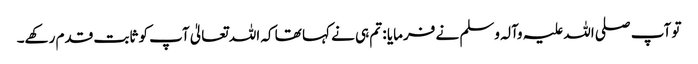
تو آپ صلی اللہ علیہ وآلہ وسلم نے فرمایا : تم ہی نے کہا تھا کہ اللہ تعالیٰ آپ کو ثابت قدم رکھے۔